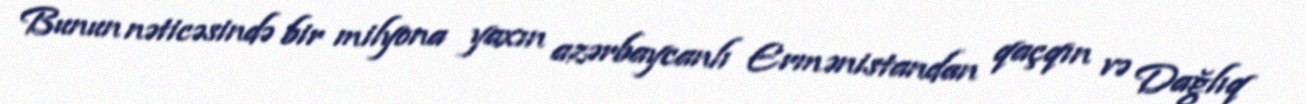
Bunun nəticəsində bir milyona yaxın azərbaycanlı Ermənistandan qaçqın və Dağlıq